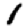
Digit: 1